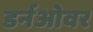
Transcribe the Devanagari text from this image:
डर्नओवर